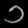
Digit: ၁